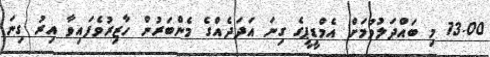
13.00 މި ބައްދަލުވުމަށް އެމްޑީޕީގެ ގިނަ އަދަދެއްގެ މެންބަރުން ހާޒިރުވެފައިވާ އިރު ގިނަ